Kiideva_(Sinalepa)_vallavalitsus, lk 4
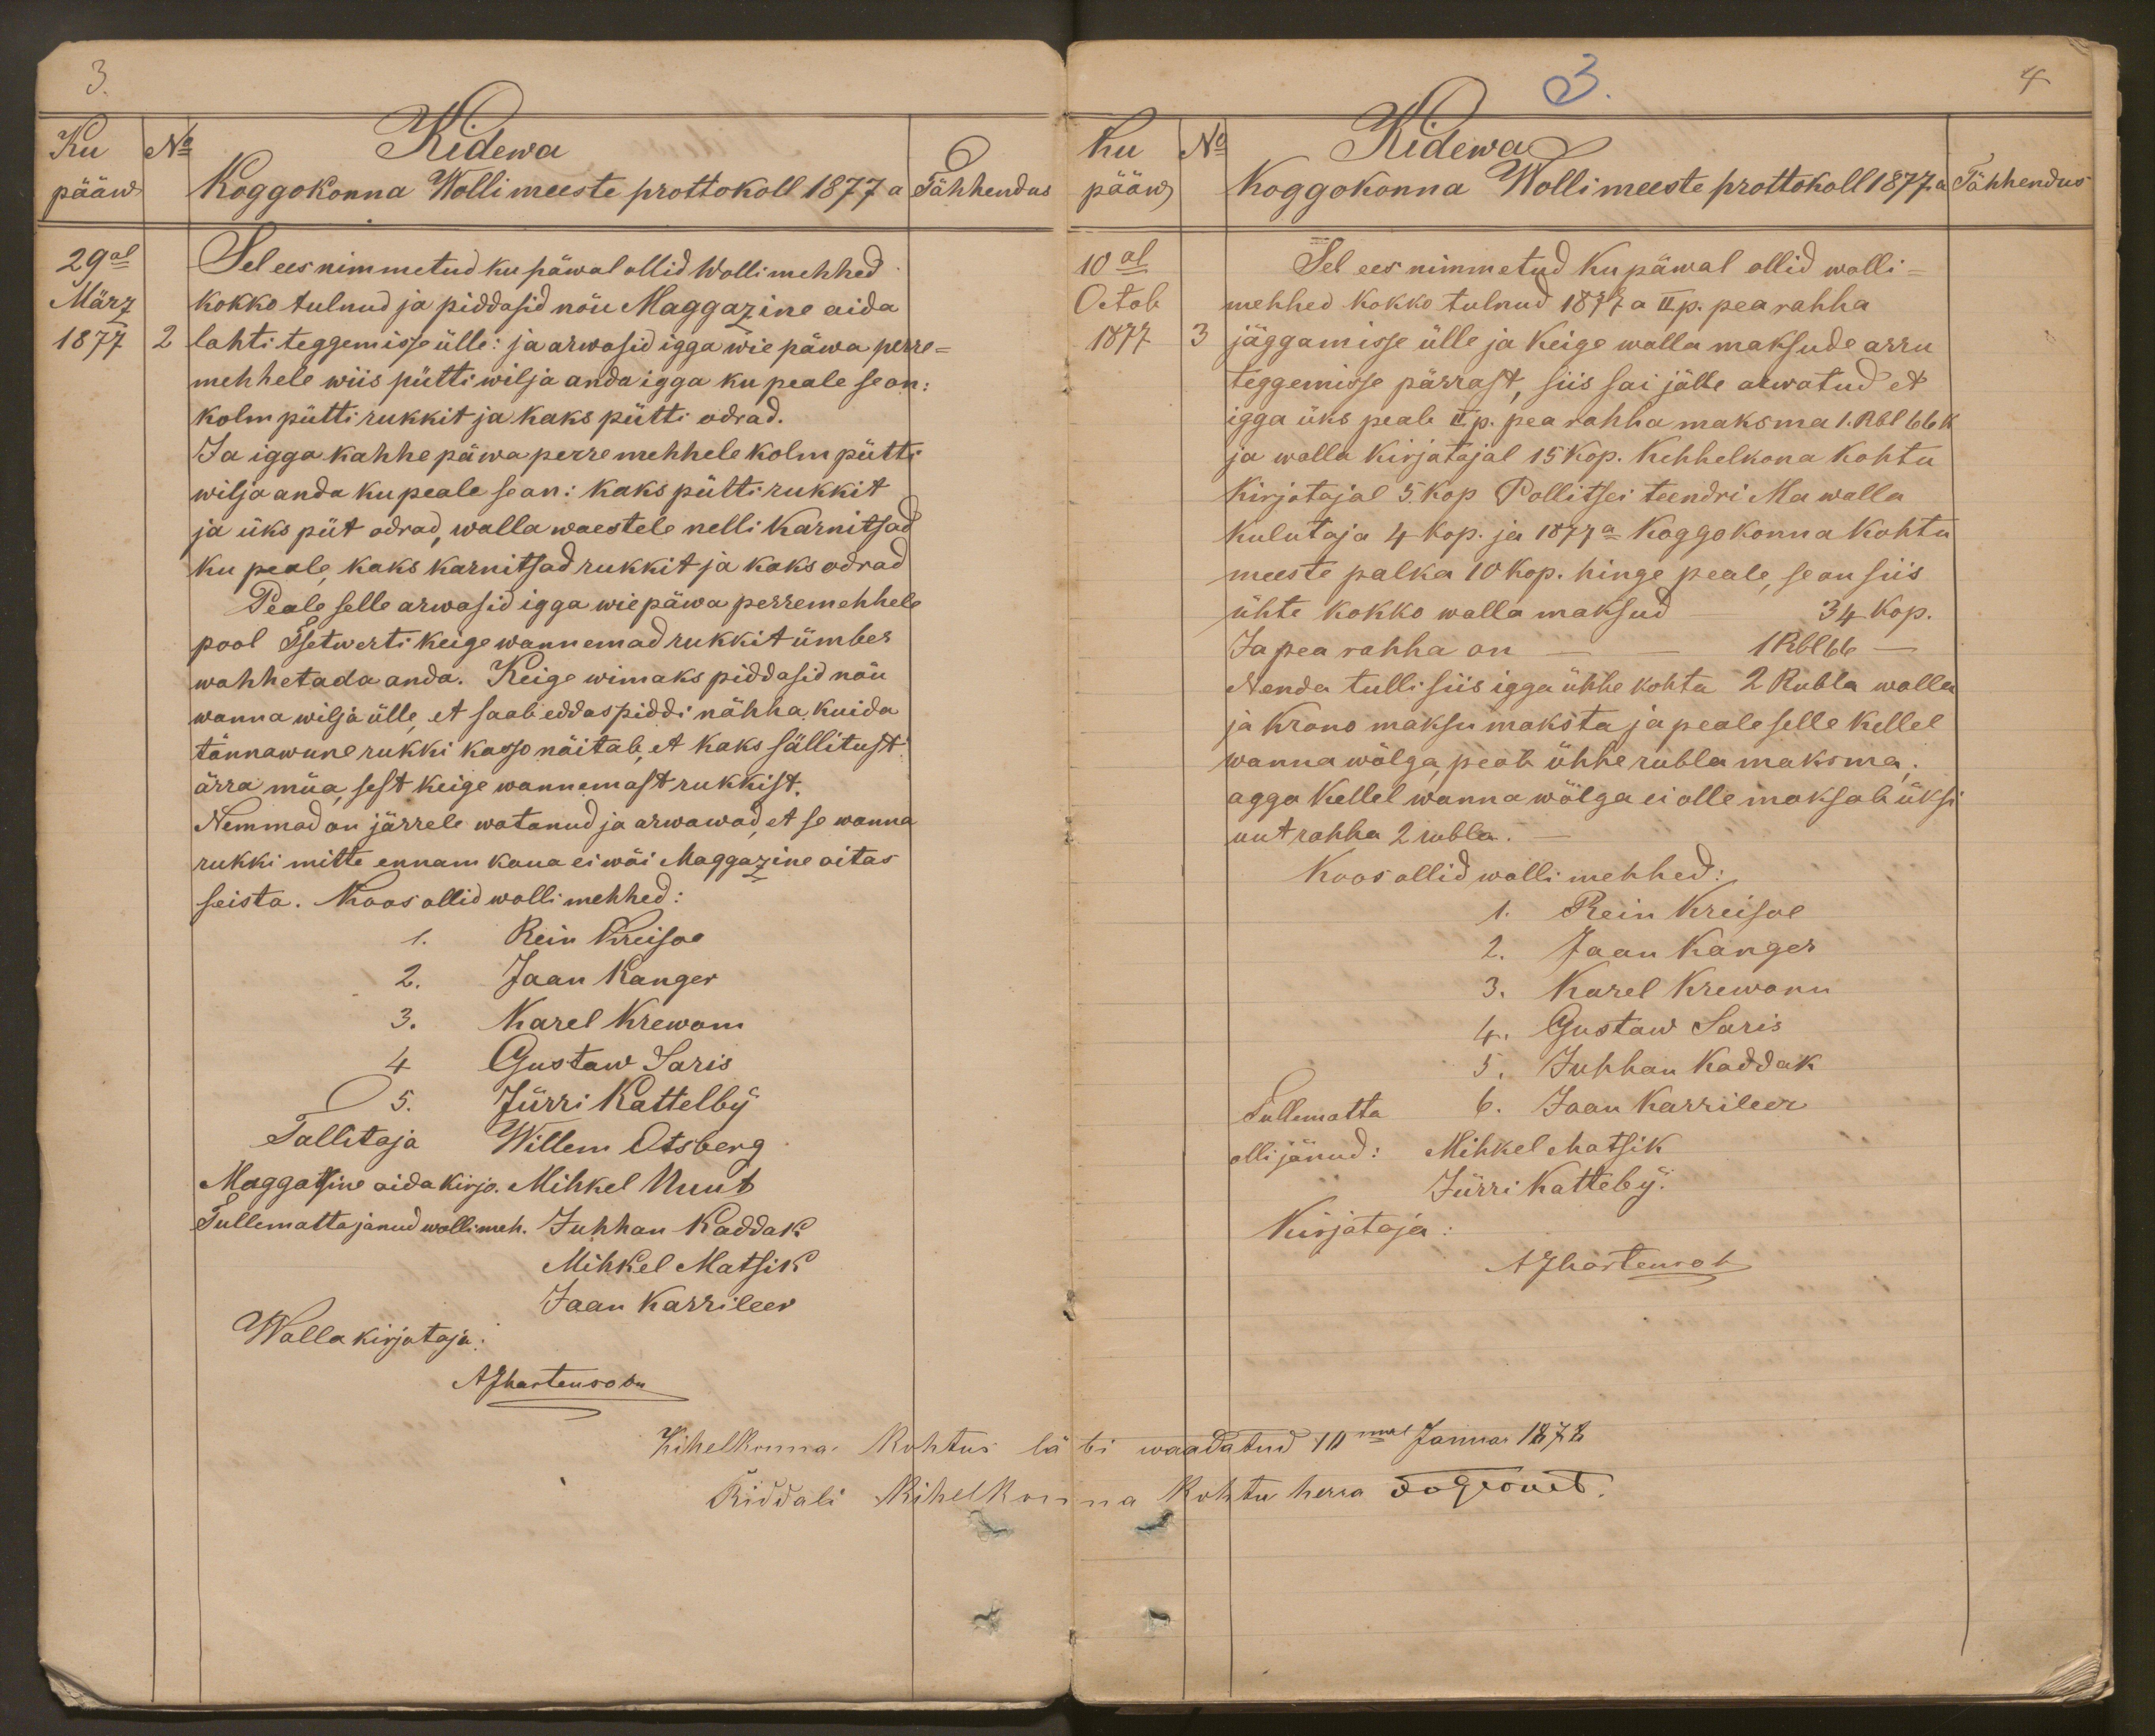
3.
Ku
No
Kidewa
pääw
Koggokonna Wollimeeste prottokoll 1877 a.
Tähhendus
29al
Sel ees nimmetud ku päwal ollid Wollimehhed
März
kokko tulnud ja piddasid nõu Maggazine aida
1877
2
lahti teggemisse ülle: ja arwasid igga wie päwa perre-
mehhele wiis pütti wilja anda igga ku peale se on:
kolm pütti rukkit ja kaks pütti odrad.
Ja igga kahhe päwa perremehhele kolm pütti
wilja anda ku peale se on: kaks pütti rukkit
ja üks püt odrad walla waestele nelli karnitsad
ku peale kaks karnitsad rukkit ja kaks odrad
Peale selle arwasid igga wie päwa perremehhele
pool Tsetwerti keige wannemad rukkit ümber
wahhetada anda. Keige wimaks piddasid nõu
wanna wilja ülle et saab eddaspiddi nähha kuida
tännawune rukki kasso näitab, et kaks sällitust
ärra müa, sest keige wannemast rukkist.
Nemmad on järrele watanud ja arwawad, et se wanna
rukki mitte ennam kaua ei wõi Maggazene aitas
seista. Koos ollid wollimehhed:
1. Rein Kreisoo
2. Jaan Kanger
3. Karel Krewom
4 Gustaw Saris
5. Jürri Kattelby
Tallitaja Willem Otsberg
Maggatsine aida kirjo. Mihkel Nuut
Tullematta janud wollimeh. Juhhan Kaddak
Mihkel Matsik
Jaan Karrileev
Walla kirjotaja:
AJMartensoon

3.
4
Ku
No
Kidewa
pääw
Koggokonna Wollimeeste prottokoll 1877 a.
Tähhendus
10al
Sel ees nimmetud ku päwal ollid wolli-
Octob
mehhed kokko tulnud 1877 a II p. pea rahha
1877
3
jäggamisse ülle ja keige walla maksude arru
teggemisse pärrast, siis sai jälle arwatud et
igga üks peale II p. pea rahha maksma 1. Rbl 66 k
ja walla kirjotajal 15 kop. Kehhelkona kohtu
Kirjotajal 5. Kop Pollitsei teendri Ma walla
Kulutaja 4 kop. ja 1877  Koggokonna kohtu
meeste palka 10 kop. hinge peale, se on siis
ühte kokko walla maksud
34 kop.
Ja pea rahha on
1 Rbl 56
Nenda tulli siis igga ühhe kohta 2 Rubla walla
ja krono maksu maksta ja peale selle kellel
wanna wõlga, peab ühhe rubla maksma;
agga kellel wanna wõlga ei olle maksab üksi
uut rahha 2 rubla.
Koos ollid wolli mehhed:
1. Rein Kreisal
2. Jaan Kanger
3. Karel Krewanu
4. Gustaw Saris
5. Juhhan Kaddak
6. Jaan Karrileer
Tullematta
olli jänud: Mihkel Matsik
Jürri Katteby.
Kirjotaja:
AJhartensoon
Kihelkonna kohtus läbi waadatud 10mal Januar 1878
Riddali Kihelkonna kohtu herra FvGernet.